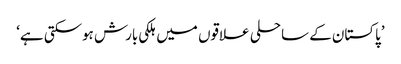
’پاکستان کے ساحلی علاقوں میں ہلکی بارش ہوسکتی ہے‘